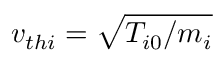
v _ { t h i } = \sqrt { T _ { i 0 } / m _ { i } }